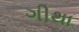
ગીથા